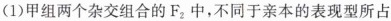
(1)甲组两个杂交组合的F_{2}中，不同于亲本的表现型所占